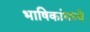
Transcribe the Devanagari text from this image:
भाषिकांमध्ये